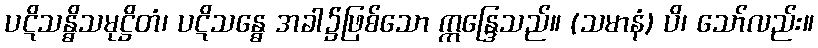
ပဋိသန္ဓိသမုဋ္ဌိတံ၊ ပဋိသန္ဓေ အခါ၌ဖြစ်သော ဣန္ဒြေသည်။ (သမာနံ) ပိ၊ သော်လည်း။